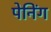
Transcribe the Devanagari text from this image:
पेनिंग